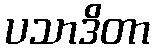
ပသာဒိတာ